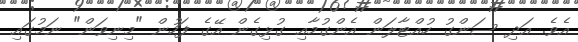
އެވެ. އަދި ސަންގު ހުއްޓާލަން އެންގުމާއި ގުޅިގެން އޭގެ ފަހުން "މިނިވަން" ނަމުގައި